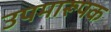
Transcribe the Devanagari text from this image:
उपमारूपक